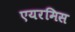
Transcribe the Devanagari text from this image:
एयरमिस